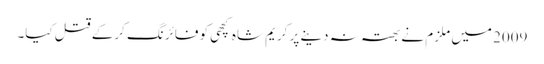
2009 میں ملزم نے بھتہ نہ دینے پر کریم شاہ کچھی کو فائرنگ کرکے قتل کیا۔